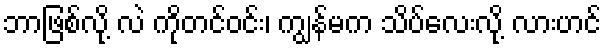
ဘာဖြစ်လို့ လဲ ကိုတင်ဝင်း၊ ကျွန်မက သိပ်လေးလို့ လားဟင်